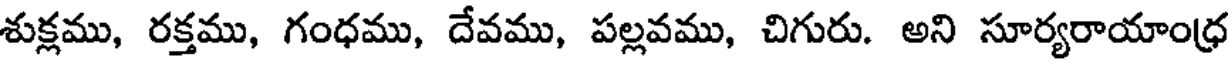
శుక్లము, రక్తము, గంధము, దేవము, పల్లవము, చిగురు. అని సూర్యరాయాంధ్ర